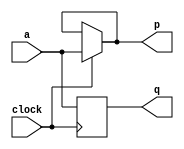
module top_module (
    input clock,
    input a,
    output p,
    output q );
	
    assign p = (clock)? a:p;
    
    always@(negedge clock)begin
        q <= a;
    end
    
endmodule